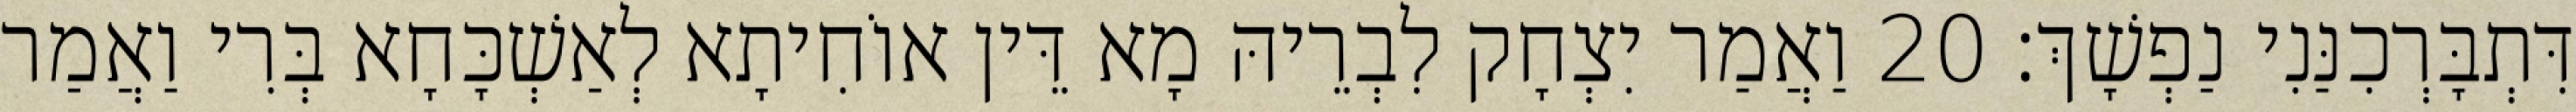
דִּתְבָּרְכִנַּנִי נַפְשָׁךְ׃ 20 וַאֲמַר יִצְחָק לִבְרֵיהּ מָא דֵּין אוֹחִיתָא לְאַשְׁכָּחָא בְּרִי וַאֲמַר